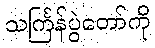
သင်္ကြန်ပွဲတော်ကို